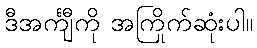
ဒီအင်္ကျီကို အကြိုက်ဆုံးပါ။